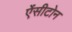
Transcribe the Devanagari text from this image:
ऐंसीटोन